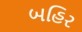
બહિર